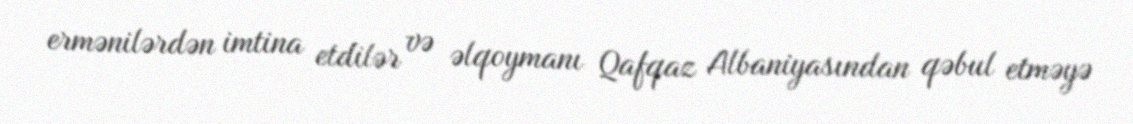
ermənilərdən imtina etdilər və əlqoymanı Qafqaz Albaniyasından qəbul etməyə